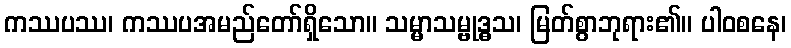
ကဿပဿ၊ ကဿပအမည်တော်ရှိသော။ သမ္မာသမ္ဗုဒ္ဓသ၊ မြတ်စွာဘုရား၏။ ပါဝစနေ၊